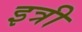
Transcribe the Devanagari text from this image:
इत्री